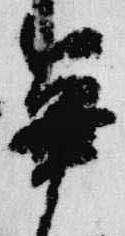
篳